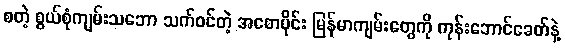
စတဲ့ စွယ်စုံကျမ်းသဘော သက်ဝင်တဲ့ အစောပိုင်း မြန်မာကျမ်းတွေကို ကုန်းဘောင်ခေတ်နဲ့